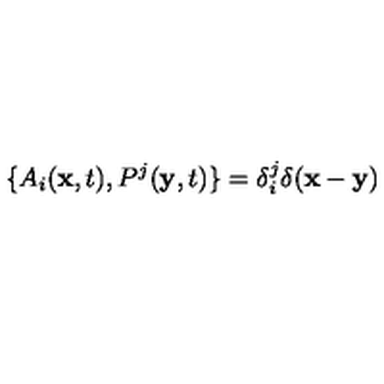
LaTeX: \{ A _ { i } ( { \bf x } , t ) , P ^ { j } ( { \bf y } , t ) \} = \delta _ { i } ^ { j } \delta ( { \bf x } - { \bf y } )